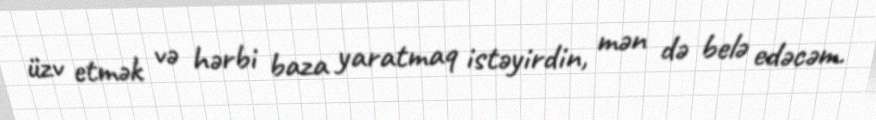
üzv etmək və hərbi baza yaratmaq istəyirdin, mən də belə edəcəm.